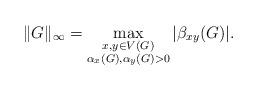
LaTeX: \begin{align*}\|G\|_\infty=\max_{\substack{x,y\in V(G)\\\alpha_x(G),\alpha_y(G) > 0}}|\beta_{xy}(G)|.\end{align*}